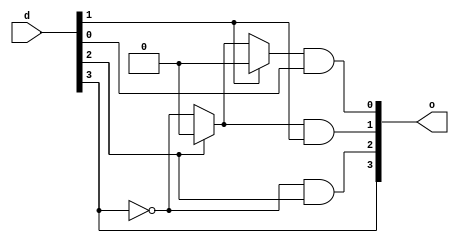
/* Leading one detector, 4bit */
module LOD_4
(
    input  wire [3:0] d,
    output wire [3:0] o
);

    assign o[3] = d[3];
    assign o[2] = (~d[3]) & d[2];
    assign o[1] = (d[2] ? 0 : ~d[3]) & d[1];
    assign o[0] = (d[1] ? 0 : (d[2] ? 0 : ~d[3])) & d[0];


    
endmodule